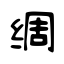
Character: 绸